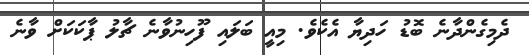
ދެމިގެންދާނެ ބޮޑު ހަދިޔާ އެކެވެ. މިއީ ބަލައި ފޫހިނުވާނެ ޗާލު ޕާކަކަށް ވާނެ